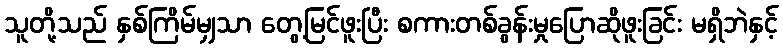
သူတို့သည် နှစ်ကြိမ်မျှသာ တွေ့မြင်ဖူးပြီး စကားတစ်ခွန်းမှုပြောဆိုဖူးခြင်း မရှိဘဲနှင့်